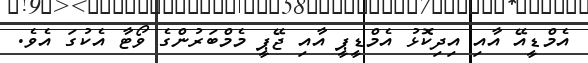
އެމްޑީއޭ އާއި އިދިކޮޅު އެމްޑީޕީ އާއި ޖޭޕީ މެމްބަރުންގެ ވޯޓާ އެކުގަ އެވެ.